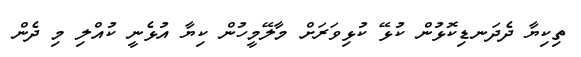
ތިކިޔާ ދެދަނޑިކޮޅުން ކުޅޭ ކުޅިވަރަށް މާލޭމީހުން ކިޔާ އުޅެނީ ކުއްލި މި ދެން